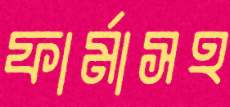
ফার্মাসহ